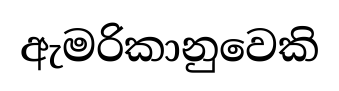
ඇමරිකානුවෙකි